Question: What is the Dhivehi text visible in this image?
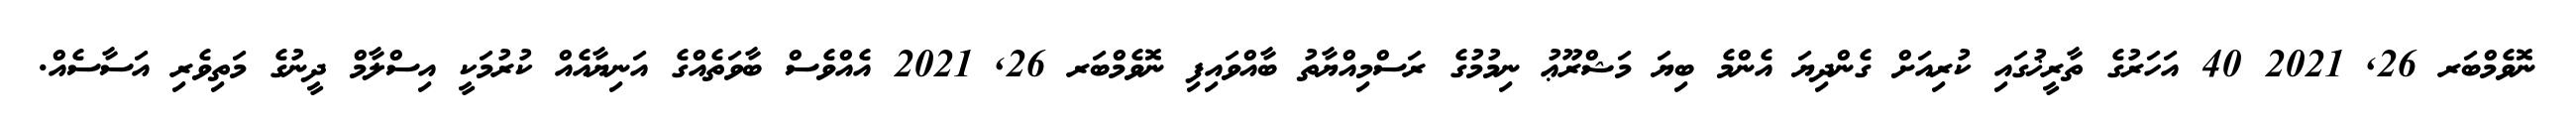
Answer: ނޮވެމްބަރ 26, 2021 40 އަހަރުގެ ތާރީޚުގައި ކުރިއަށް ގެންދިޔަ އެންމެ ބިޔަ މަޝްރޫޢު ނިމުމުގެ ރަސްމިއްޔާތު ބާއްވައިފި ނޮވެމްބަރ 26, 2021 އެއްވެސް ބާވަތެއްގެ އަނިޔާއެއް ކުރުމަކީ އިސްލާމް ދީނުގެ މަތިވެރި އަސާސެއް.